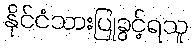
နိုင်ငံသားပြုခွင့်ရသူ